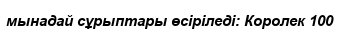
мынадай сұрыптары өсіріледі: Королек 100